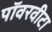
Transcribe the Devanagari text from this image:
पॉवरवीटा